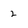
Character: 2